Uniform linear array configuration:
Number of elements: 4
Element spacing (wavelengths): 0.5
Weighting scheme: cosine
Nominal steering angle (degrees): -30
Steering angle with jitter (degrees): -30.608
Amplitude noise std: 0.05
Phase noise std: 0.05

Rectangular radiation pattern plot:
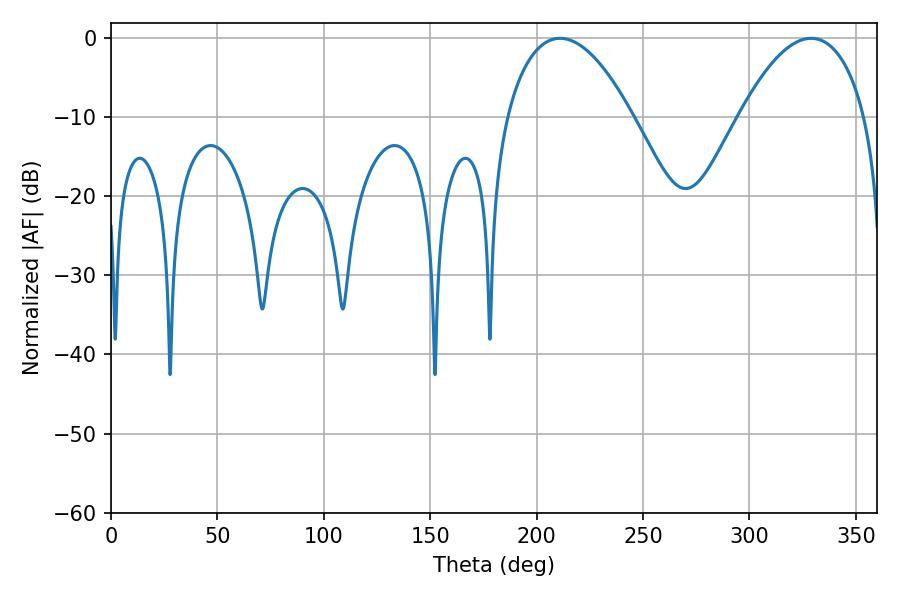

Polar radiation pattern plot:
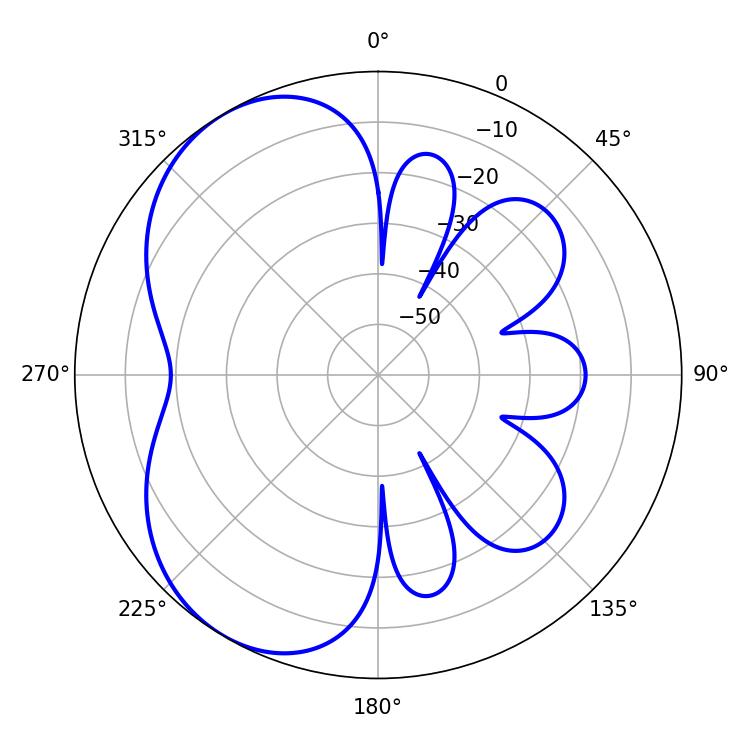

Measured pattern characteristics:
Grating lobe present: FALSE
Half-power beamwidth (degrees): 32.94
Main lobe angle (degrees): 210.96